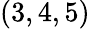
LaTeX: (3,4,5)